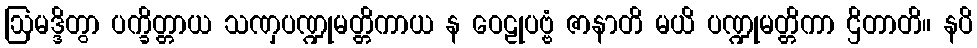
ဩမဒ္ဒိတွာ ပက္ခိတ္တာယ သဏှပဏ္ဍုမတ္တိကာယ န ဝေဠုပဗ္ဗံ ဇာနာတိ မယိ ပဏ္ဍုမတ္တိကာ ဌိတာတိ။ နပိ